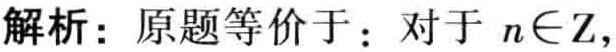
解析：原题等价于：对于 \(n\in \mathbb{Z},\)